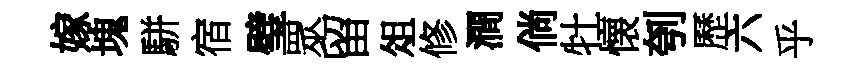
嫁塊駢宿璧眾留俎修澗倘牡懐刳歷六乎